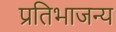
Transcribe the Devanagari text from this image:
प्रतिभाजन्य